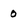
Character: O